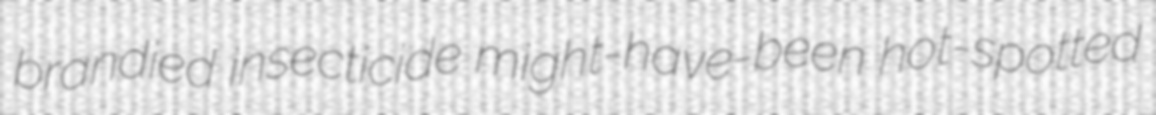
brandied insecticide might-have-been hot-spotted